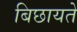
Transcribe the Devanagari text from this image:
बिछायते